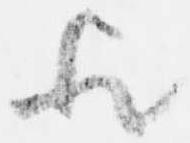
歟